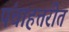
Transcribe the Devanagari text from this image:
पंचाहत्तरीत